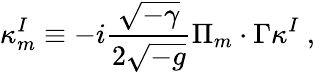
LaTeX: \kappa_{m}^{I}\equiv-i\frac{\sqrt{-\gamma}}{2\sqrt{-g}}\Pi_{m}\cdot\Gamma\kappa^{I}~,